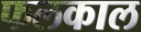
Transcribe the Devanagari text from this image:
फलकाल